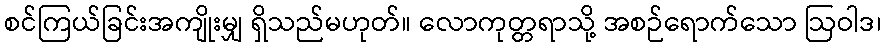
စင်ကြယ်ခြင်းအကျိုးမျှ ရှိသည်မဟုတ်။ လောကုတ္တရာသို့ အစဉ်ရောက်သော ဩဝါဒ၊